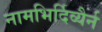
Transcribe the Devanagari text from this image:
नामभिर्दिव्यैर्न